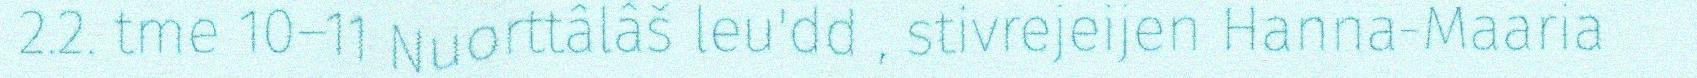
2.2. tme 10–11 Nuorttâlâš leu'dd , stivrejeijen Hanna-Maaria